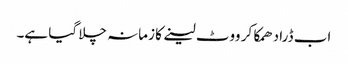
اب ڈرا دھمکا کر ووٹ لینے کا زمانہ چلا گیا ہے۔